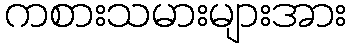
ကစားသမားများအား